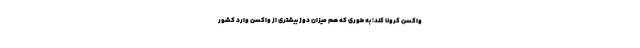
واکسن کرونا کند؛ به طوری که هم میزان دوز بیشتری از واکسن وارد کشور